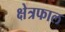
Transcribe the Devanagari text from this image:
क्षेत्रफाल